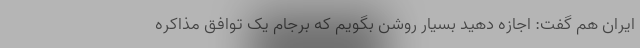
ایران هم گفت: اجازه دهید بسیار روشن بگویم که برجام یک توافق مذاکره